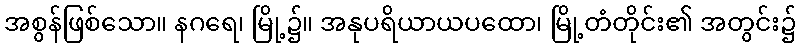
အစွန်ဖြစ်သော။ နဂရေ၊ မြို့၌။ အနုပရိယာယပထော၊ မြို့တံတိုင်း၏ အတွင်း၌